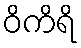
ဝိကိရိ